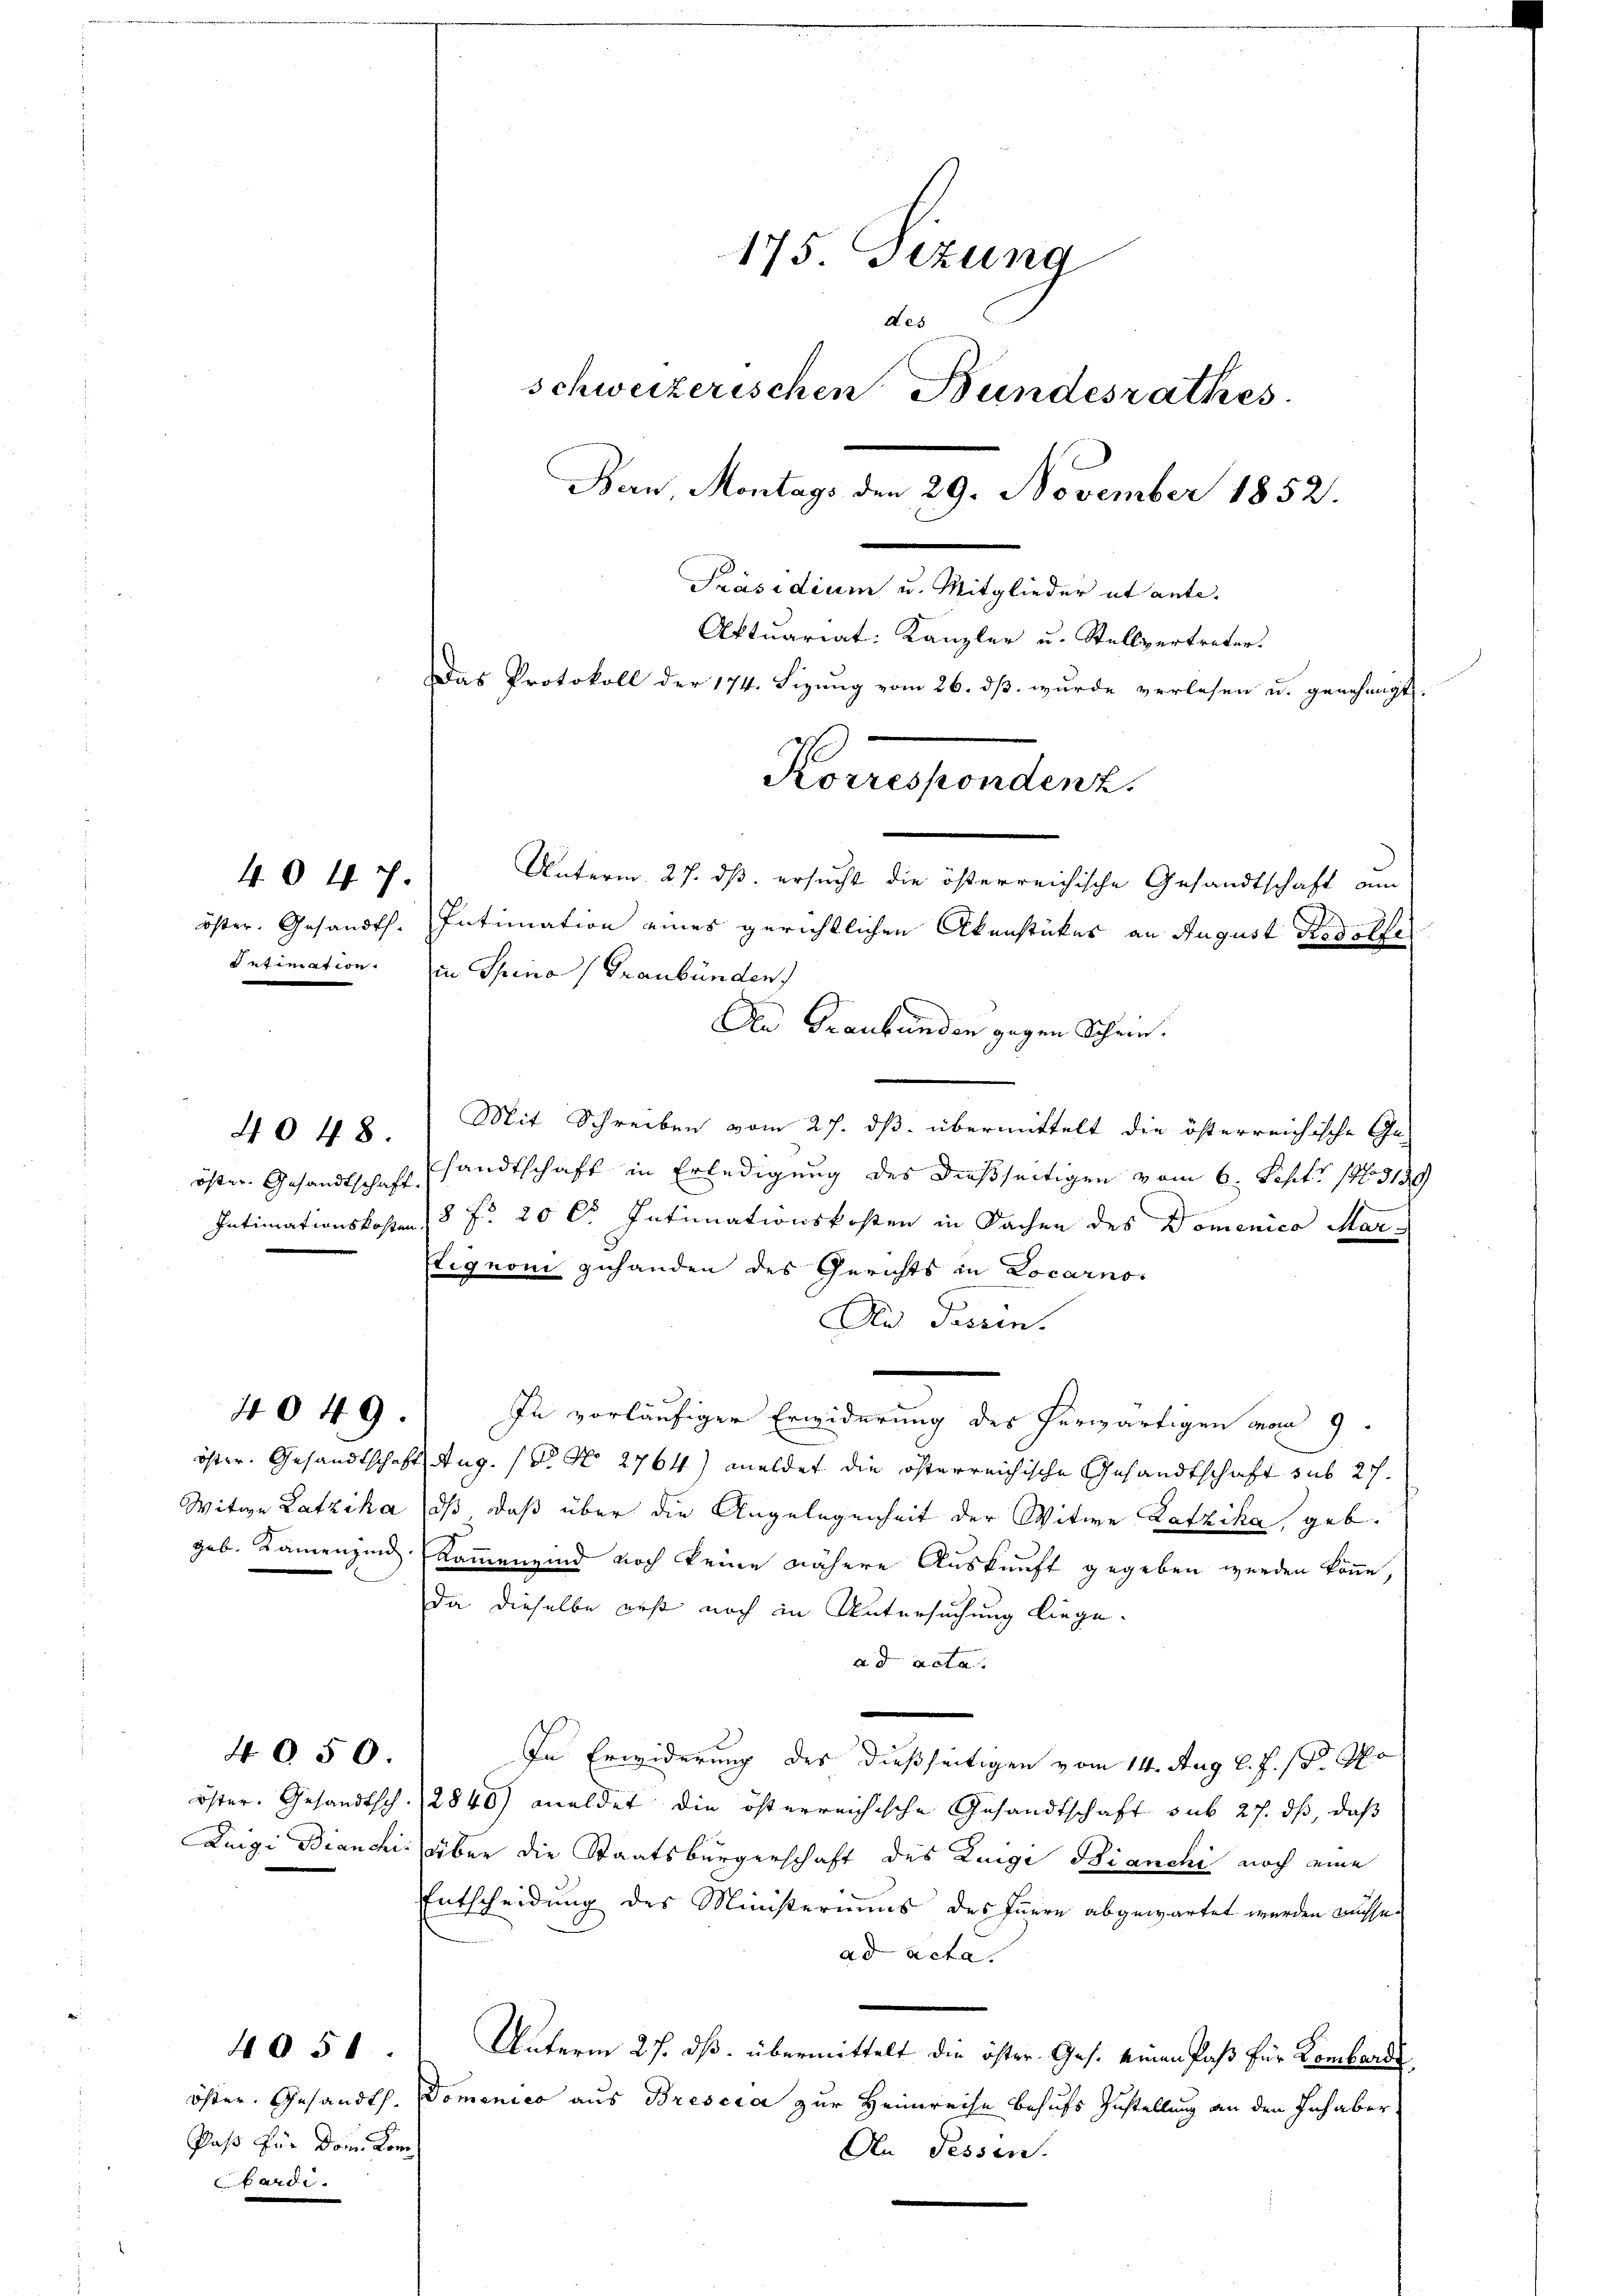
4047.

4048.

4049.

4050

Paß für vom Kombardi.

4051.

An Graubünden gegen Schein.
Mit Schreiben vom 27. ds. übermittelt die österreichische Ge-
öster Gesandtschaft sandtschaft in Erledigung des dießseitigen vom 6. Sept. 13139.
Intimationskosten 18 f. 20 l. Intimationskosten in Sachen des Domenico Mar¬
Etignoni zuhanden des Gerichts in Locarno-
Dr Tessin.
In vorläufiger Erwiderung des herwärtigen vom 9.
öster. Gesandtschaft Aug. 18. No 2764) meldet die öfterreichische Gesandtschaft sub 27.
Witwe Latzika dß daß über die Angelegenheit der Witwe Lafzika, geb.
geb. Kamenzind. Kammenzind noch keine nähere Auskunft gegeben werden könne,
da dieselbe erst noch in Untersuchung liege.
ad acta
In Erwiderung des dießseitigen vom 14. Aug. l. J. J. Mo
öster. Gesandtsch. 2840) meldet die österreichische Gesandtschaft sub 27. ds, daß
Luigi Bianchis oben die Staatsbürgerschaft des Zeige Bianchi noch eine
Entscheidung des Ministeriums des Innern abgewartet werden müsse.
ad acta
Unterm 27. ds. übermittelt die öster Ges. einen Paß für Lombarde
öster. Gesandth. Domenico aus Brescia zur Heimreise behufs Zustellung an den Inhaber
An Fessen.

175. Fizung
des
schweizerischen Bundesrathes.
Ban, Montags den 29. November 1852.
Präsidium u. Mitglieder ut ante-
Aktuariat: Kanzler u. Stellvertreter
Das Protokoll der 174. Sizung vom 26. dβ. wurde verlesen u. genehmigt.
Horespondent.
Unterm 27. ds. ersucht die österreichische Gesandtschaft am
öster. Gesandt. Intimation eines gerichtlichen Akenstückes an August Rudolfe
Intimation. Ein Spina (Graubünden